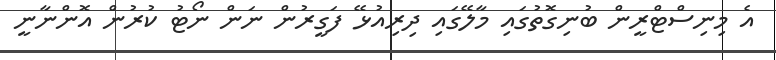
އެ މިނިސްޓްރީން ބުނިގޮތުގައި މާލޭގައި ދިރިއުޅޭ ފަގީރުން ނަން ނޯޓު ކުރުން އޮންނާނީ